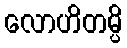
လောဟိတမ္ပိ